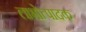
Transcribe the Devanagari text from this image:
लाभोत्पादक